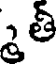
తీ